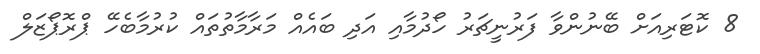
8 ކޮޓަރިއަށް ބޭނުންވާ ފަރުނީޗަރު ހޯދުމާއި އަދި ބައެއް މަރާމާތުތައް ކުރުމާބެހޭ ޕްރޮޕޯޒަލް